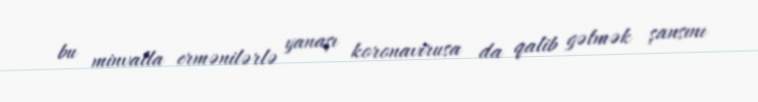
bu minvalla ermənilərlə yanaşı koronavirusa da qalib gəlmək şansını